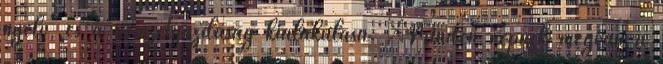
nyelv, és a nemzetgazdaság kialakulása. „Minden népnek megvan a